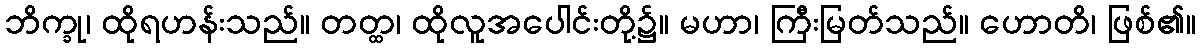
ဘိက္ခု၊ ထိုရဟန်းသည်။ တတ္ထ၊ ထိုလူအပေါင်းတို့၌။ မဟာ၊ ကြီးမြတ်သည်။ ဟောတိ၊ ဖြစ်၏။